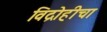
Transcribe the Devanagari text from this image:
विद्रोहीचा